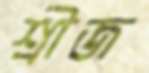
শ্রীজ